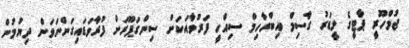
ޖުމްހޫރީ ޕާޓީގެ ލީޑަރު ގާސިމް އިބްރާހިމް ސިއްހީ ފަރުވާއަކަށް ސިންގަޕޫރަށް ފުރާވަޑައިގަންނަވަން ދިޔުމުން